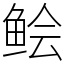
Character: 鲙